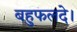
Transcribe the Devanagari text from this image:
बहुफलदे।